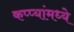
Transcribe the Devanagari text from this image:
कप्प्यांमध्ये